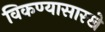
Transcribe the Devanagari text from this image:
विकण्यासारखे